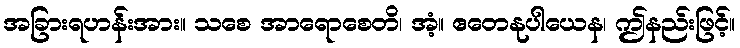
အခြားရဟန်းအား။ သစေ အာရောစေတိ၊ အံ့။ ဧတေနုပါယေန၊ ဤနည်းဖြင့်။